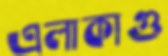
এলাকাগু